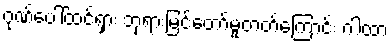
ဂုဏ်ပေါ်ထင်ရှား ဘုရားမြင်တော်မူတတ်ကြောင်း ဂါထာ